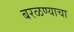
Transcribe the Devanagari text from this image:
बरळण्याचा